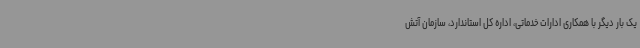
یک بار دیگر با همکاری ادارات خدماتی، اداره کل استاندارد، سازمان آتش